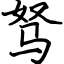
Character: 驽